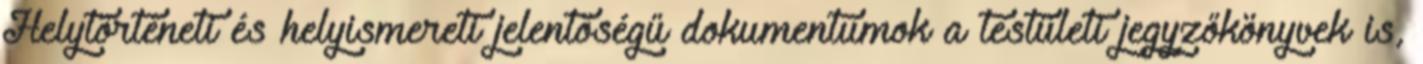
Helytörténeti és helyismereti jelentőségű dokumentumok a testületi jegyzőkönyvek is,